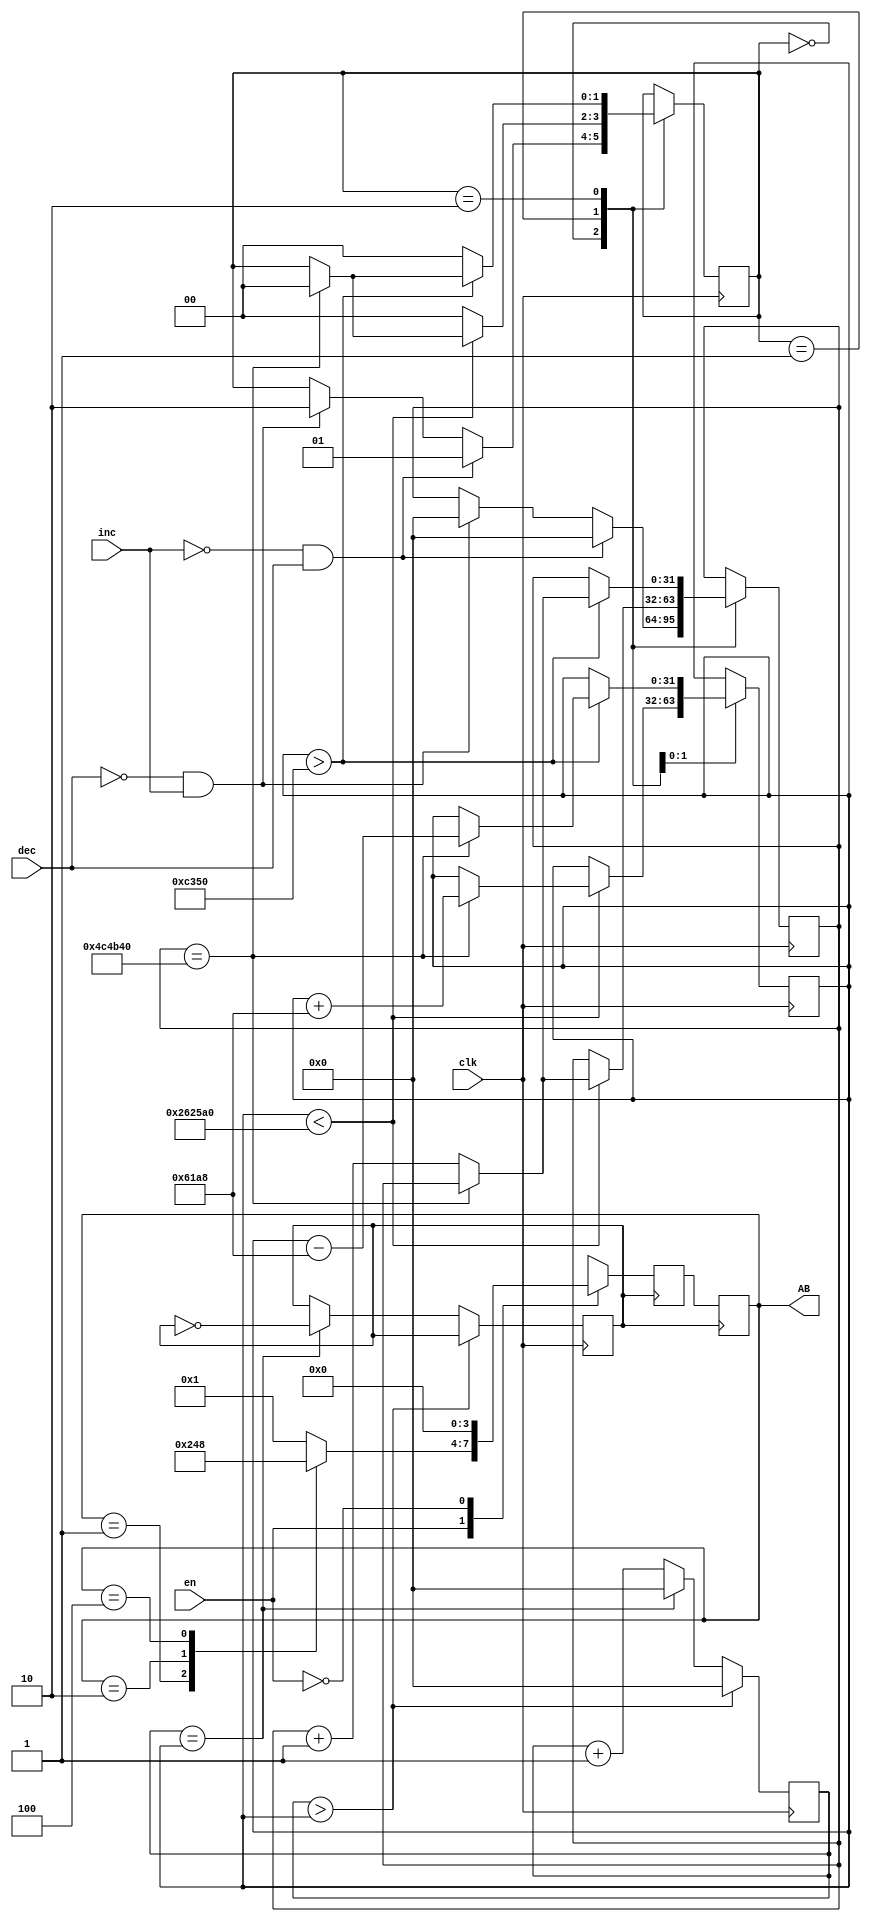
module Motor_Pasos(
	input clk, //Seal de reloj 50MHz
	input inc, dec, en, //Pulsadores para cambio de velocidad y activacin
	output [3:0]AB	//Salidas para motor a pasos
);
	//Declaracin de registros (variables internas)
	reg [31:0]cnt, frecuencia;
	reg [3:0]edo, nextedo;
	reg senal;
	//Iniciallizacin de variables 
	initial begin
		frecuencia = 200_000;
		edo = 1;
		senal = 0;
		cnt = 0;
	end 
	
	
	//Bloque de instrucciones para divisor de frecuencia
	always@(posedge clk) begin
		if(cnt > frecuencia) cnt <= 0;
		else begin
			if(cnt == frecuencia) begin
				cnt <= 0; 
				senal <= ~senal;
			end
			else cnt <= cnt + 1;
		end
	end
	//Bloque de instrucciones para manipulacion de frecuencia
	reg [31:0] cnt_rebote;
	reg [1:0] edo_rebote;
	initial edo_rebote = 0;
	always @(posedge clk) begin
		 case(edo_rebote)
			  0: begin
					if(inc == 0 && dec == 1) begin edo_rebote <= 1; cnt_rebote <= 0;end
					else if(dec == 0 && inc == 1) begin edo_rebote <= 2; cnt_rebote <= 0;end
			  end
			  1: begin
					if(frecuencia < 2_500_000) begin
						 if(cnt_rebote == 5_000_000) begin //Tiempo para que se quite el rebote
							  frecuencia <= frecuencia + 25_000;
							  edo_rebote <= 0;
						 end
						 else cnt_rebote <= cnt_rebote + 1; 
					end
					else edo_rebote <= 0;
			  end
			  2: begin
					if(frecuencia > 50_000) begin 
						 if(cnt_rebote == 5_000_000) begin //Tiempo para que se quite el rebote
							  frecuencia <= frecuencia - 25_000;
							  edo_rebote <= 0;
						 end
						 else cnt_rebote <= cnt_rebote + 1; 
					end
					else edo_rebote <= 0;
			  end
		 endcase
	end
	
	//Bloque de instrucciones para activacion de bobinas
	always@(posedge senal) begin
		case(en)
			1: begin
				case(edo)
					1: nextedo <= (edo == 1)? 2:1; //Estado 0001
					2: nextedo <= (edo == 2)? 4:2; //Estado 0010
					4: nextedo <= (edo == 4)? 8:4; //Estado 0100
					8: nextedo <= (edo == 8)? 1:8; //Estado 1000
					default: nextedo <= 1; 
				endcase
			end
			0: nextedo <= 0; //Estado apagado 00
		endcase
	end always@(negedge senal) edo <= nextedo;
	
	//Asignacion de variables internas a variables fisicas.
	assign AB = edo;
endmodule